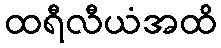
ထရီလီယံအထိ